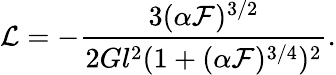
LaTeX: {\cal L}=-\frac{3(\alpha{\cal F})^{3/2}}{2Gl^{2}(1+(\alpha{\cal F})^{3/4})^{2}}.